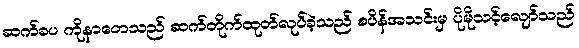
ဆက်ခပ ကိုနာတေသည် ဆက်တိုက်ထုတ်လုပ်ခဲ့သည် စပိန်အသင်းမှ ပိုမိုသင့်လျော်သည်